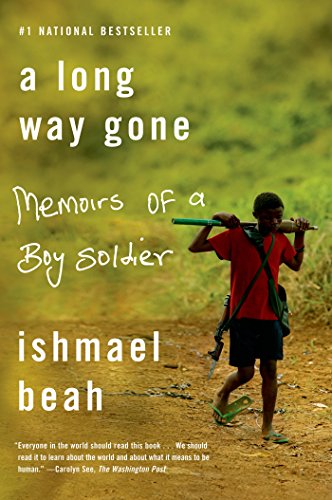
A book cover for A Long Way Gone: Memoirs of a Boy Soldier; Ishmael Beah; Biographies & Memoirs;